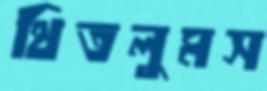
থিতলুমস